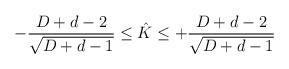
LaTeX: \begin{align*}- \frac{D+d-2}{\sqrt{D+d-1}} \leq \hat{K} \leq + \frac{D+d-2}{\sqrt{D+d-1}}\end{align*}